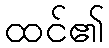
ထင်၏